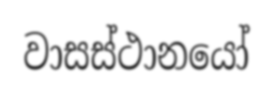
වාසස්ථානයෝ